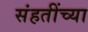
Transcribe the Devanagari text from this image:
संहतींच्या